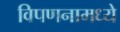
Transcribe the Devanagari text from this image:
विपणनामध्ये